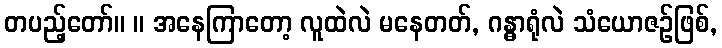
တပည့်တော်။ ။ အနေကြာတော့ လူထဲလဲ မနေတတ်, ဂန္ဓာရုံလဲ သံယောဇဉ်ဖြစ်,